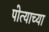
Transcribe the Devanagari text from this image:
पोत्याच्या